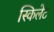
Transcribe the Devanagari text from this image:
स्किलेट